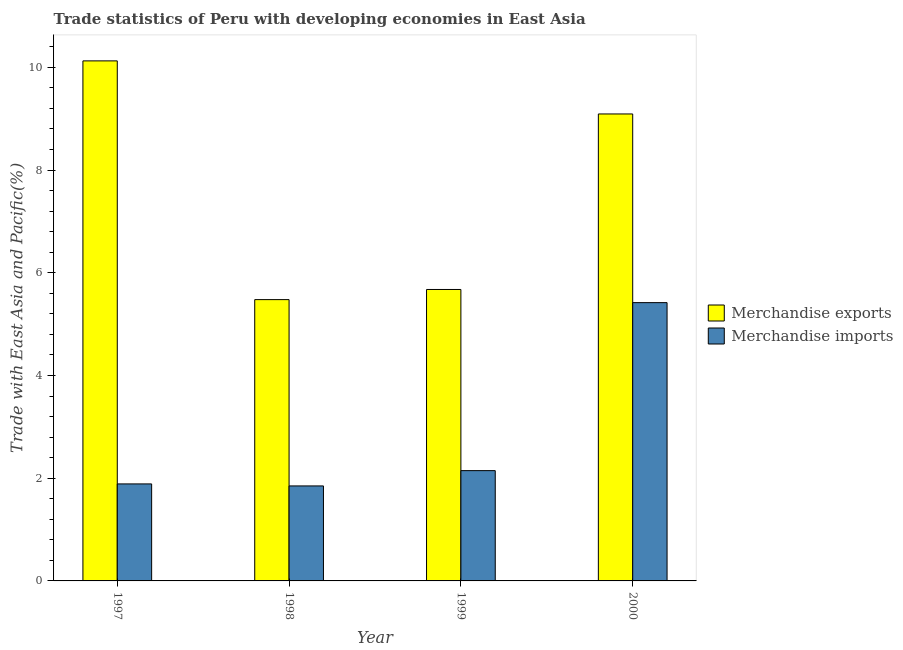
| Year | Merchandise exports | Merchandise imports |
 | --- | --- | --- |
 | 1997 | 10.1 | 1.89 |
 | 1998 | 5.48 | 1.85 |
 | 1999 | 5.68 | 2.15 |
 | 2000 | 9.09 | 5.42 |